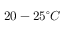
2 0 - 2 5 ^ { \circ } C